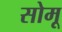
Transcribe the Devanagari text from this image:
सोमू